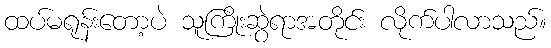
ထပ်မရုန်းတော့ပဲ သူကြိုးဆွဲရာအတိုင်း လိုက်ပါလာသည်။